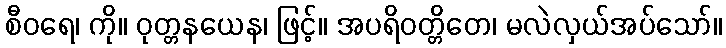
စီဝရေ၊ ကို။ ဝုတ္တနယေန၊ ဖြင့်။ အပရိဝတ္တိတေ၊ မလဲလှယ်အပ်သော်။